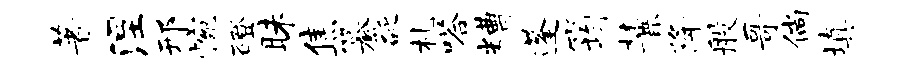
著涅邢惋磴昧焦纂砭札嗒糟蓬筠麓降般哥倘填